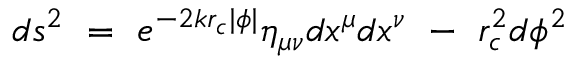
d s ^ { 2 } \ = \ e ^ { - 2 k r _ { c } | \phi | } { \eta } _ { \mu \nu } d x ^ { \mu } d x ^ { \nu } \ - \ r _ { c } ^ { 2 } d \phi ^ { 2 }